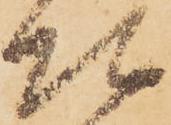
頭